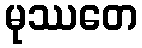
မုဿတေ